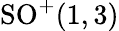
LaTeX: \mathrm{SO}^{+}(1,3)